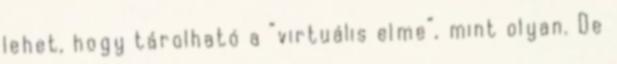
lehet, hogy tárolható a “virtuális elme”, mint olyan. De